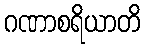
ဂဏာစရိယာတိ